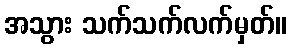
အသွား သက်သက်လက်မှတ်။